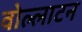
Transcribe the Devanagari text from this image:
वोल्लाटन